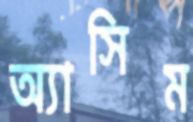
অ্যাসিম